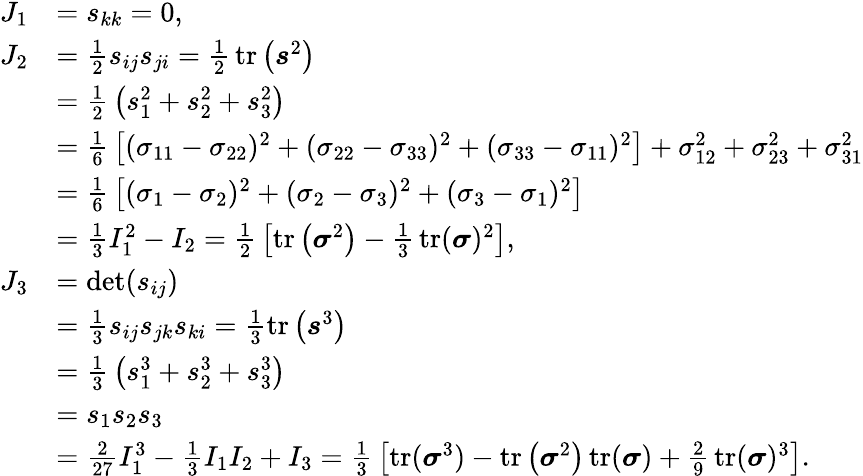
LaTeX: {\begin{array}{rl}{J_{1}}&{=s_{kk}=0,}\\ {J_{2}}&{={\frac{1}{2}}s_{ij}s_{ji}={\frac{1}{2}}\operatorname{tr}\left({\boldsymbol{s}}^{2}\right)}\\ &{={\frac{1}{2}}\left(s_{1}^{2}+s_{2}^{2}+s_{3}^{2}\right)}\\ &{={\frac{1}{6}}\left[(\sigma_{11}-\sigma_{22})^{2}+(\sigma_{22}-\sigma_{33})^{2}+(\sigma_{33}-\sigma_{11})^{2}\right]+\sigma_{12}^{2}+\sigma_{23}^{2}+\sigma_{31}^{2}}\\ &{={\frac{1}{6}}\left[(\sigma_{1}-\sigma_{2})^{2}+(\sigma_{2}-\sigma_{3})^{2}+(\sigma_{3}-\sigma_{1})^{2}\right]}\\ &{={\frac{1}{3}}I_{1}^{2}-I_{2}={\frac{1}{2}}\left[\operatorname{tr}\left({\boldsymbol{\sigma}}^{2}\right)-{\frac{1}{3}}\operatorname{tr}({\boldsymbol{\sigma}})^{2}\right],}\\ {J_{3}}&{=\operatorname*{det}(s_{ij})}\\ &{={\frac{1}{3}}s_{ij}s_{jk}s_{ki}={\frac{1}{3}}{\mathrm{tr}}\left({\boldsymbol{s}}^{3}\right)}\\ &{={\frac{1}{3}}\left(s_{1}^{3}+s_{2}^{3}+s_{3}^{3}\right)}\\ &{=s_{1}s_{2}s_{3}}\\ &{={\frac{2}{27}}I_{1}^{3}-{\frac{1}{3}}I_{1}I_{2}+I_{3}={\frac{1}{3}}\left[{\mathrm{tr}}({\boldsymbol{\sigma}}^{3})-\operatorname{tr}\left({\boldsymbol{\sigma}}^{2}\right)\operatorname{tr}({\boldsymbol{\sigma}})+{\frac{2}{9}}\operatorname{tr}({\boldsymbol{\sigma}})^{3}\right].\, }\end{array}}